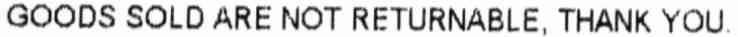
GOODS SOLD ARE NOT RETURNABLE, THANK YOU.